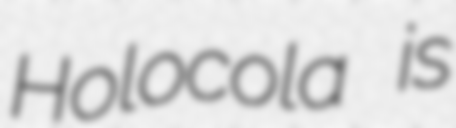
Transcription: Holocola is